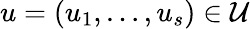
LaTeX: u=(u_{1},\ldots,u_{s})\in\mathcal{U}